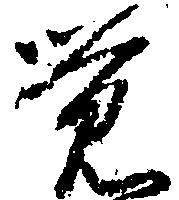
覚